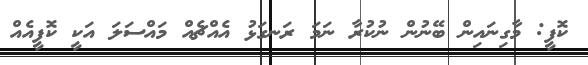
ކޮފީ: މާގިނައިން ބޭނުން ނުކުރާ ނަމަ ރަނގަޅު އެއްޗެއް މައްސަލަ އަކީ ކޮފީއެއް